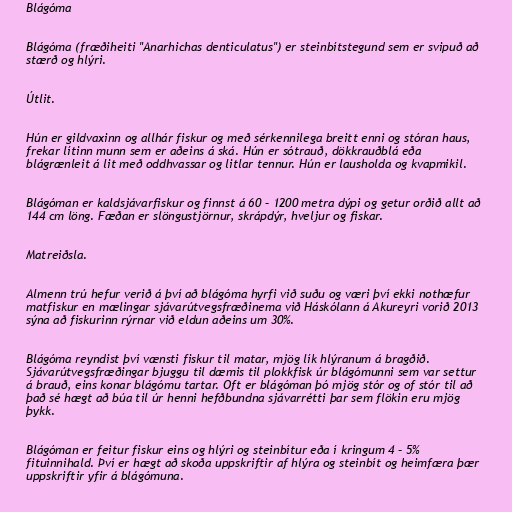
Blágóma

Blágóma (fræðiheiti "Anarhichas denticulatus") er steinbítstegund sem er svipuð að
stærð og hlýri.

Útlit.

Hún er gildvaxinn og allhár fiskur og með sérkennilega breitt enni og stóran haus,
frekar lítinn munn sem er aðeins á ská. Hún er sótrauð, dökkrauðblá eða
blágrænleit á lit með oddhvassar og litlar tennur. Hún er lausholda og kvapmikil.

Blágóman er kaldsjávarfiskur og finnst á 60 – 1200 metra dýpi og getur orðið allt að
144 cm löng. Fæðan er slöngustjörnur, skrápdýr, hveljur og fiskar.

Matreiðsla.

Almenn trú hefur verið á því að blágóma hyrfi við suðu og væri því ekki nothæfur
matfiskur en mælingar sjávarútvegsfræðinema við Háskólann á Akureyri vorið 2013
sýna að fiskurinn rýrnar við eldun aðeins um 30%.

Blágóma reyndist því vænsti fiskur til matar, mjög lík hlýranum á bragðið.
Sjávarútvegsfræðingar bjuggu til dæmis til plokkfisk úr blágómunni sem var settur
á brauð, eins konar blágómu tartar. Oft er blágóman þó mjög stór og of stór til að
það sé hægt að búa til úr henni hefðbundna sjávarrétti þar sem flökin eru mjög
þykk.

Blágóman er feitur fiskur eins og hlýri og steinbítur eða í kringum 4 – 5%
fituinnihald. Því er hægt að skoða uppskriftir af hlýra og steinbít og heimfæra þær
uppskriftir yfir á blágómuna.